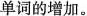
单词的增加。